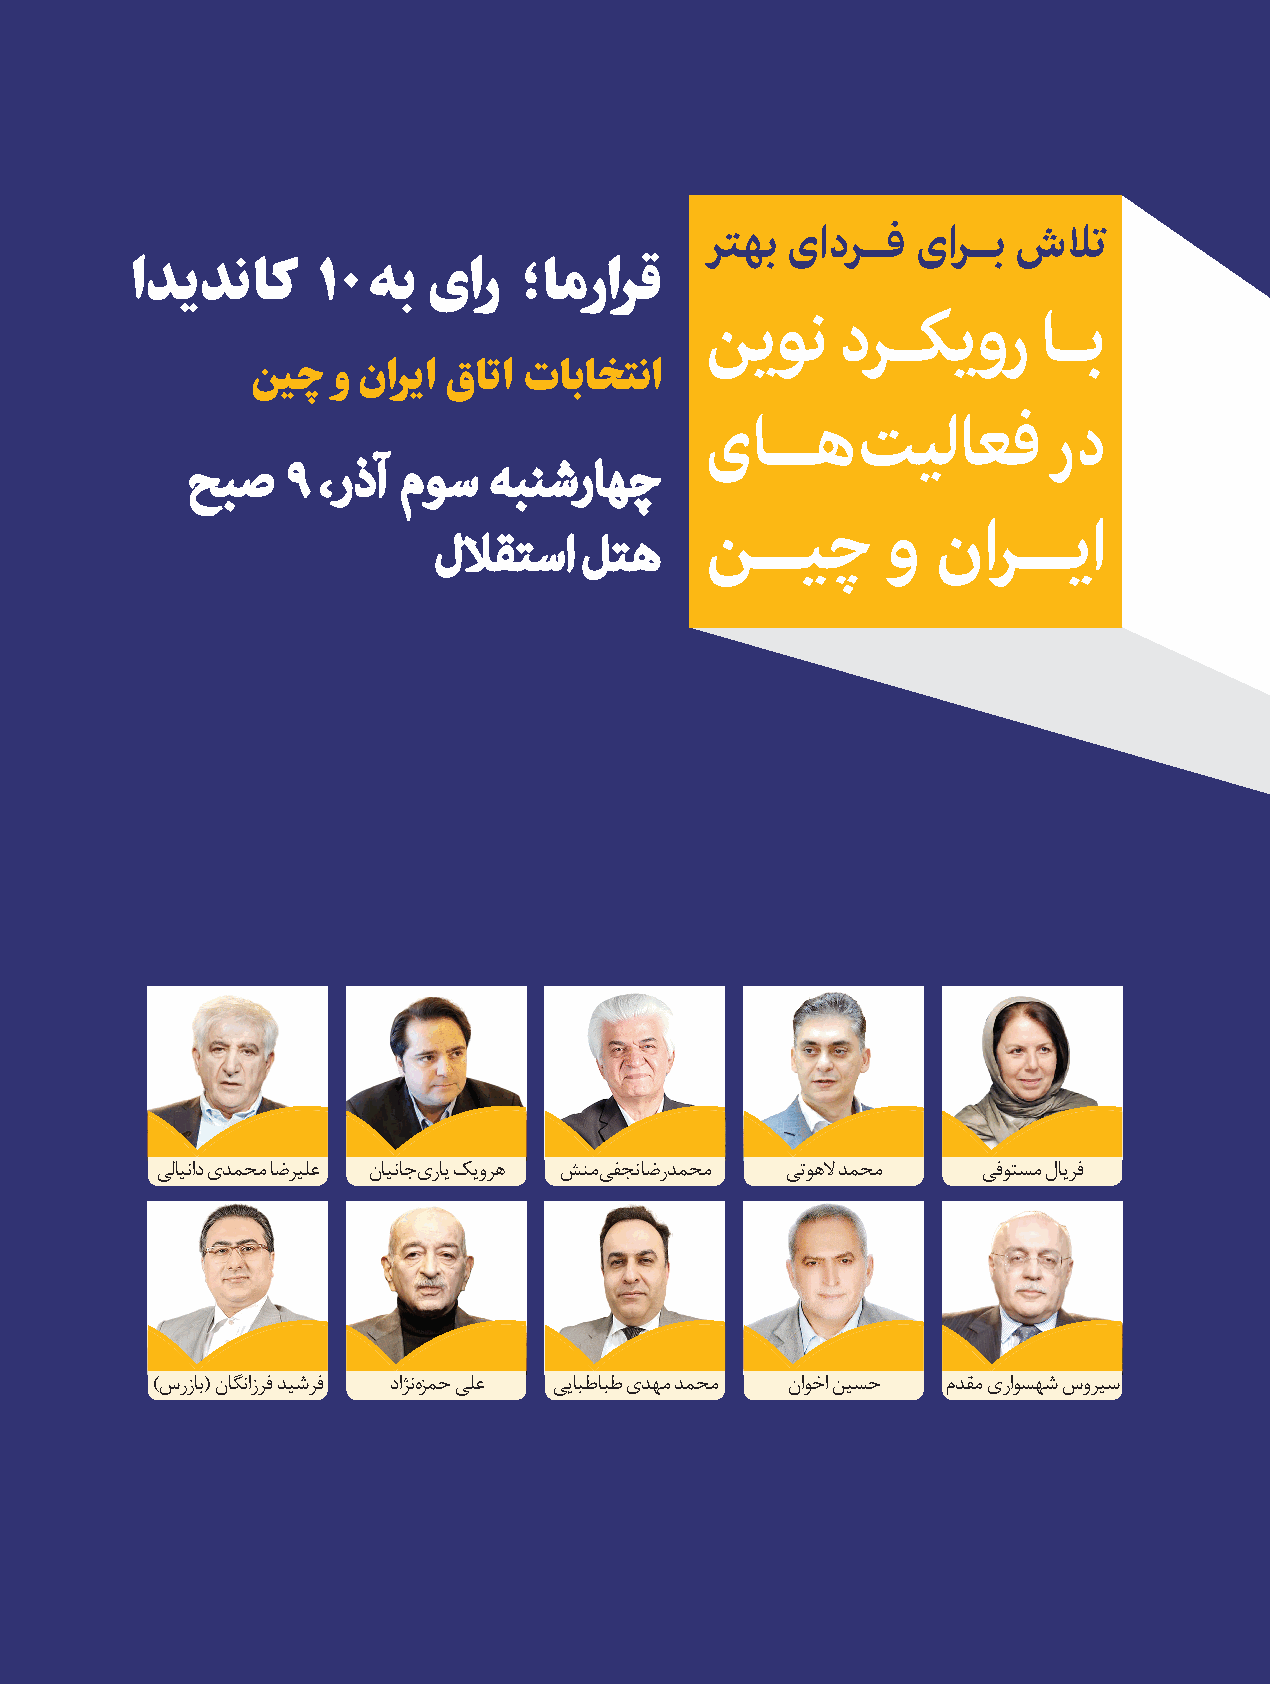
رتهب یادرــف  یارــب شلات
 ادیدناک     10هب   یار   ؛ام  رارق
 نیون    درــکیور      اــب
 نیچ   و ناریا قاتا تاباختنا
 یاــهت        یلاعف   رد
 حبص    ۹ ،رذآ موس   هبنشراهچ
 للاقتسا  لته
 نــیچ       و  نارــیا
 یلایناد یدمحم اضریلع نایناجی رای کیوره شنمی فج ناضردمحم یتوهلا دمحم یفوتسم لایرف
 )سرزاب( ناگنازرف دیشرف داژنه زمح یلع ییابطابط یدهم دمحم ناوخا نیسح مدقم یراوسهش سوریس